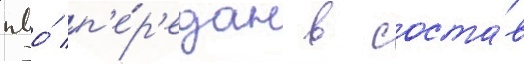
пво́ п'е́р'едан в соста́в